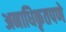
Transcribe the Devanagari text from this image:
अनाधिकृतपणे